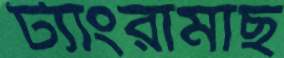
ট্যাংরামাছ